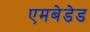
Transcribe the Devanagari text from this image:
एमबेडेड